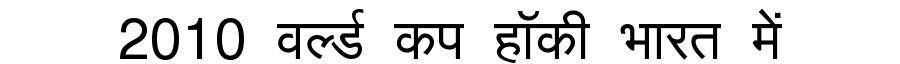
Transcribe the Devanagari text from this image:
2010 वर्ल्ड कप हॉकी भारत में